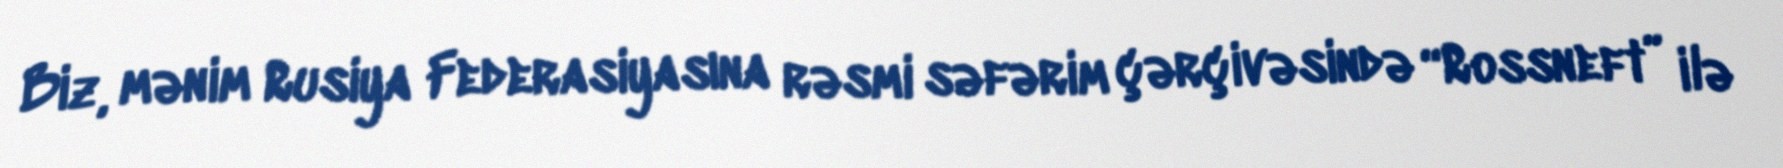
Biz, mənim Rusiya Federasiyasına rəsmi səfərim çərçivəsində “Rossneft” ilə